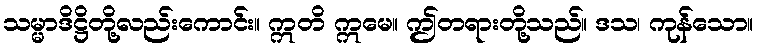
သမ္မာဒိဋ္ဌိတို့လည်းကောင်း။ ဣတိ ဣမေ။ ဤတရားတို့သည်။ ဒသ၊ ကုန်သော။